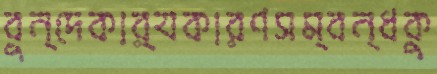
বুন্দেকার্যকারণসম্বন্ধকু